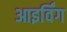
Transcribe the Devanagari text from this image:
आइर्विंग